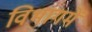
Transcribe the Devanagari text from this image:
विभागमें